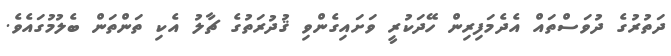
ދަތުރުގެ ދުވަސްތައް އެދެމަފިރިން ހޭދަކުރީ ވަށައިގެންވި ޤުދުރަތުގެ ޗާލު އެކި ތަންތަން ބެލުމުގައެވެ.